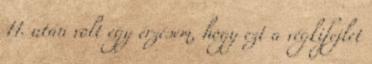
11. után volt egy érzésem, hogy ezt a végkifejlet